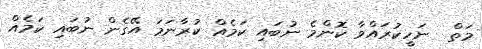
މަތް  ނަހީކުރައްވާ ކޮންމެ ނުބައި ކަމެއް ކުރާނަމަ އޭގެން ނުބައި ކަމެއް